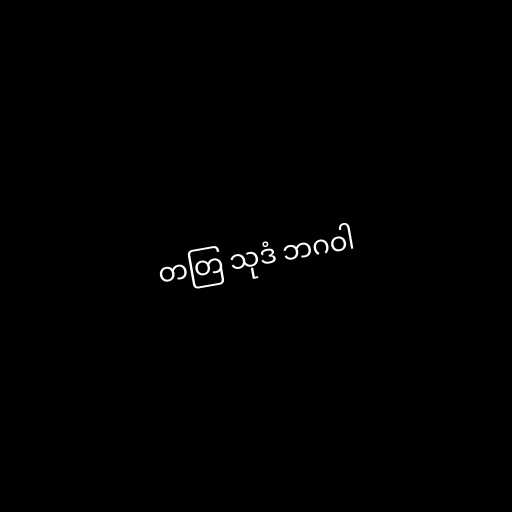
တတြ သုဒံ ဘဂဝါ